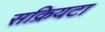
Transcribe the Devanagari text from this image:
सक्रियटा